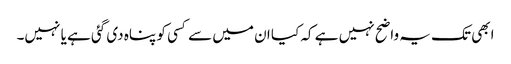
ابھی تک یہ واضح نہیں ہے کہ کیا ان میں سے کسی کو پناہ دی گئی ہے یا نہیں۔